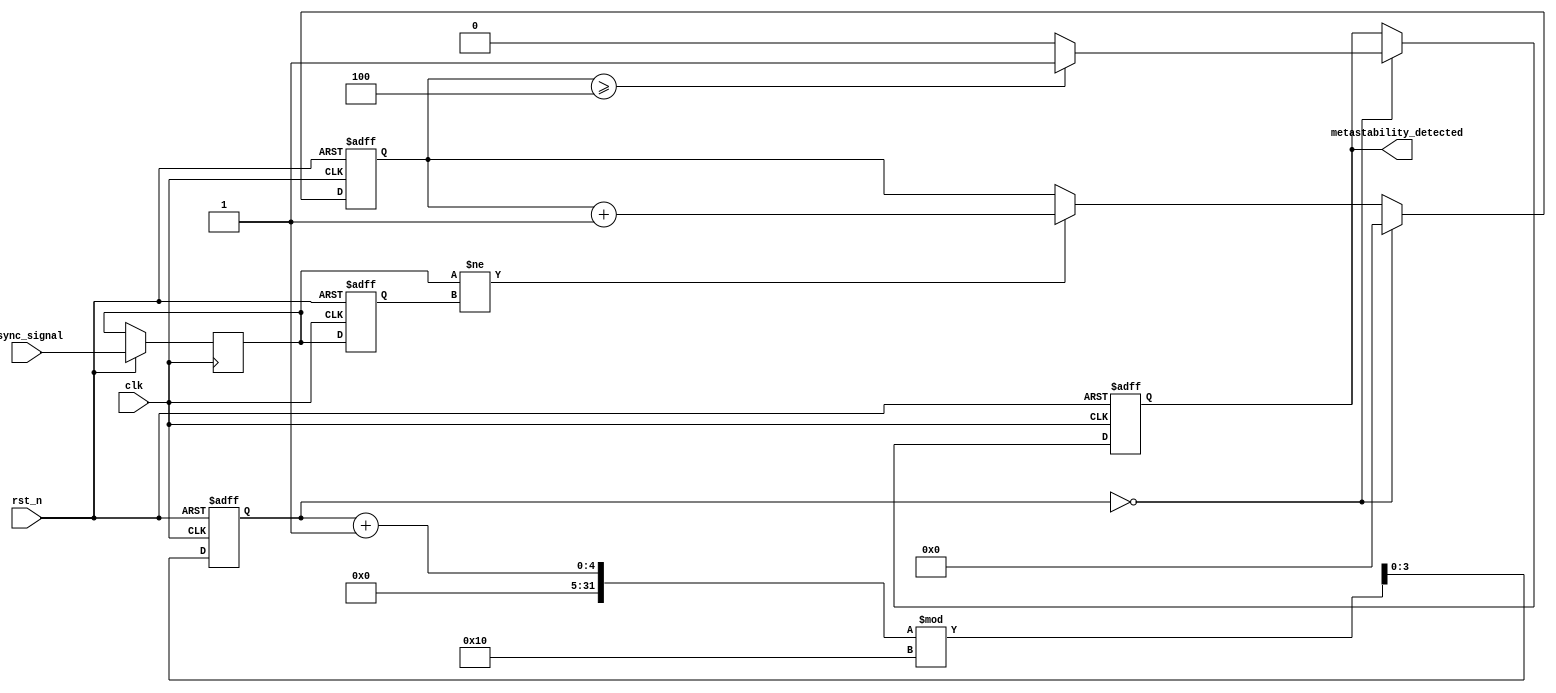
module MetastabilityDetector #(
    parameter DATA_WIDTH = 1,      // Width of the input signal
    parameter MEMORY_DEPTH = 16,    // Depth of the memory block
    parameter THRESHOLD = 4          // Threshold for metastability detection
)(
    input wire clk,                 // Sampling clock
    input wire rst_n,               // Active low reset
    input wire async_signal,         // Asynchronous input signal
    output reg metastability_detected // Output signal for metastability detection
);

    // Memory block to store sampled values
    reg [DATA_WIDTH-1:0] memory [0:MEMORY_DEPTH-1];
    reg [3:0] write_pointer;        // Pointer for writing to memory
    reg [3:0] read_pointer;         // Pointer for reading from memory
    reg [DATA_WIDTH-1:0] last_sample; // Last sampled value
    reg [DATA_WIDTH-1:0] current_sample; // Current sampled value
    reg [3:0] transition_count;     // Count of transitions

    // Sampling mechanism
    always @(posedge clk or negedge rst_n) begin
        if (!rst_n) begin
            write_pointer <= 0;
            metastability_detected <= 0;
            transition_count <= 0;
            last_sample <= 0;
        end else begin
            // Sample the asynchronous signal
            current_sample <= async_signal;
            memory[write_pointer] <= current_sample;

            // Check for transitions
            if (current_sample != last_sample) begin
                transition_count <= transition_count + 1;
            end
            
            last_sample <= current_sample;

            // Update write pointer
            write_pointer <= (write_pointer + 1) % MEMORY_DEPTH;

            // Check if we have enough samples to analyze
            if (write_pointer == 0) begin
                // Check transition count against threshold
                if (transition_count >= THRESHOLD) begin
                    metastability_detected <= 1; // Metastability detected
                end else begin
                    metastability_detected <= 0; // No metastability
                end
                transition_count <= 0; // Reset transition count
            end
        end
    end

    // Random sampling mechanism (simple counter for demonstration)
    always @(posedge clk or negedge rst_n) begin
        if (!rst_n) begin
            read_pointer <= 0;
        end else begin
            // Randomly select a sample (for simplicity, using a counter)
            read_pointer <= (read_pointer + 1) % MEMORY_DEPTH;
            // Additional randomization logic can be implemented here
        end
    end

endmodule